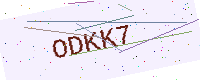
Text: ODKK7